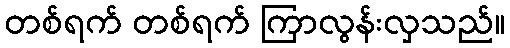
တစ်ရက် တစ်ရက် ကြာလွန်းလှသည်။